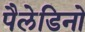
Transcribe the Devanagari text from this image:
पैलेडिनो